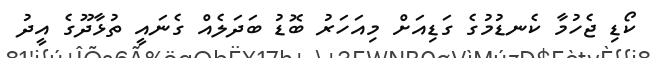
ކޯޑި ޖެހުމާ ކެނޑުމުގެ ގަޑިއަށް މިއަހަރު ބޮޑު ބަދަލެއް ގެނައީ ތުޅާދޫގެ އީދު